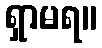
ရှာမရ။